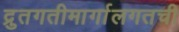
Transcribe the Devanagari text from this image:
द्रुतगतीमार्गालगतची